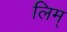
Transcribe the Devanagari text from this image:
लिम्‌